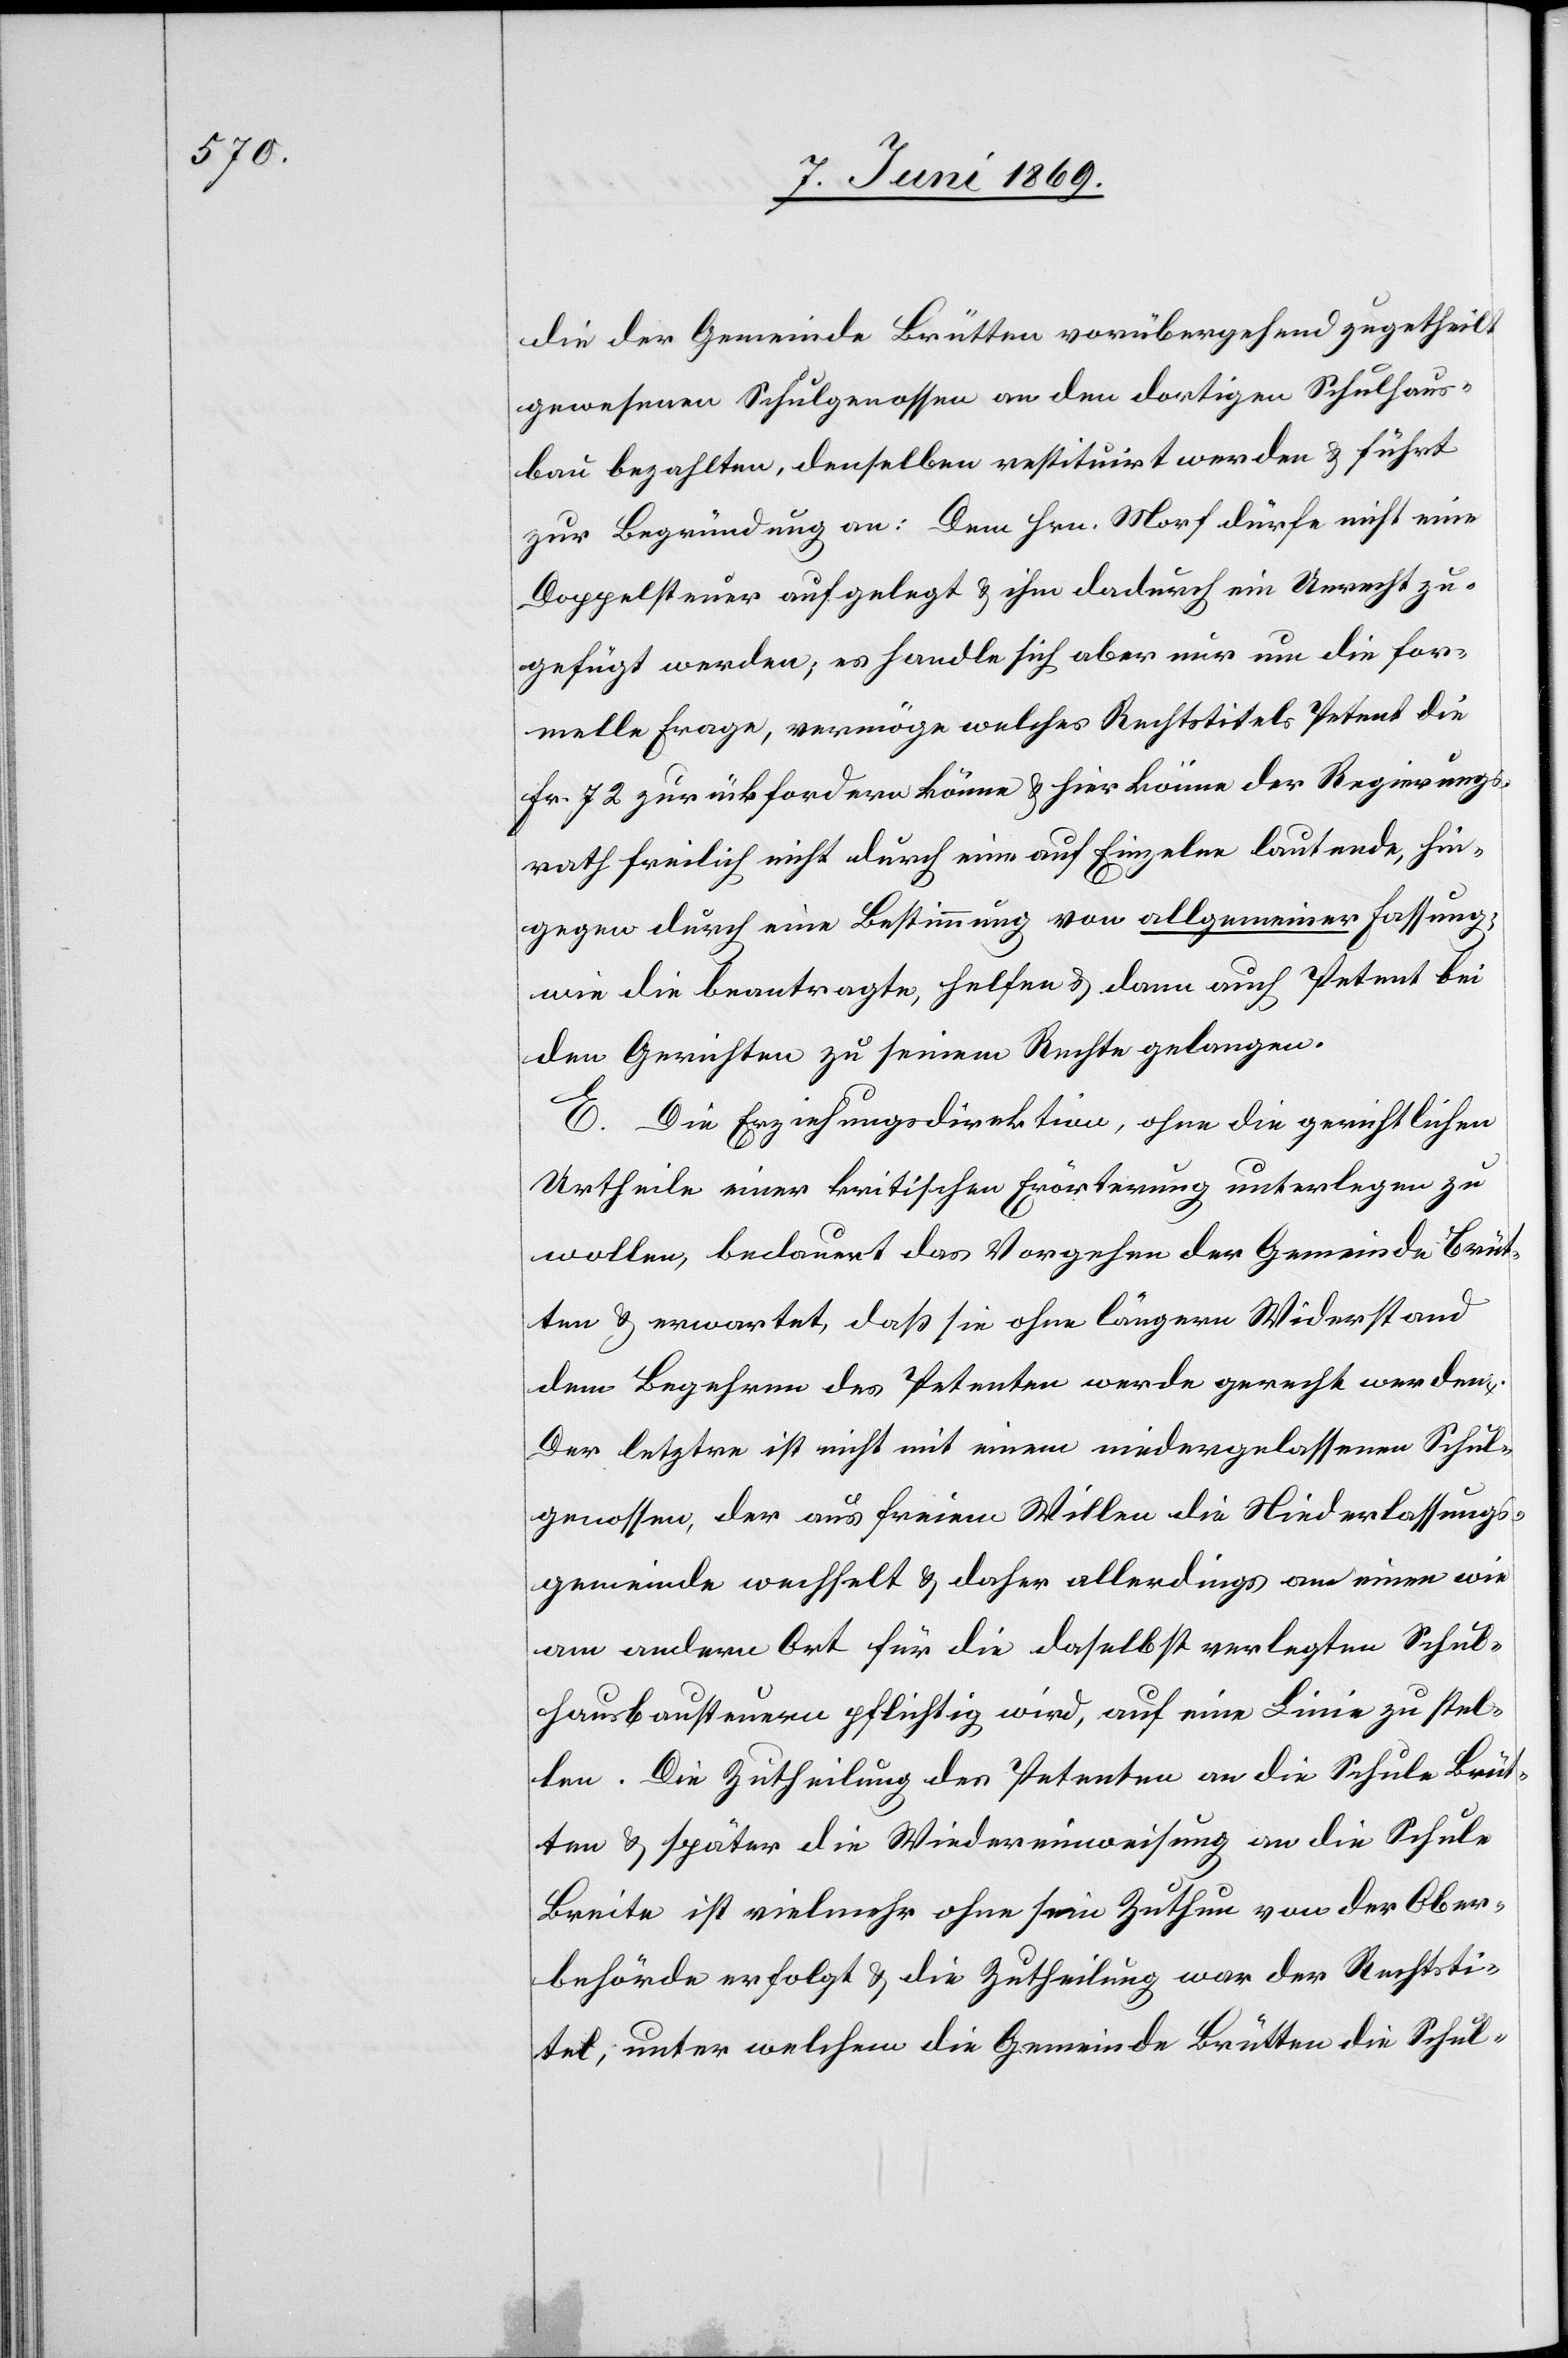
die der Gemeinde Brütten vorübergehend zugetheilt
gewesenen Schulgenossen an dem dortigen Schulhaus¬
bau bezahlten, denselben restituirt werden u. führt
zur Begründung an: Dem Hrn. Morf dürfe nicht eine
Doppelsteuer aufgelegt u. ihm dadurch ein Unrecht zu¬
geführt werden, es handle sich aber nur um die for¬
melle Frage, vermöge welches Rechtstitels Petent die
Fr. 72 zurückfordern könne u. hier könne der Regierungs¬
rath freilich nicht durch eine auf Einzelne lautende, hin¬
gegen durch eine Bestimmung von allgemeiner Fassung,
wie die beauftragte, helfen u. dann auch Petent bei
den Gerichten zu seinem Rechte gelangen.
E. Die Erziehungsdirektion, ohne die gerichtlichen
Urtheile einer kritischen Erörterung unterlegen zu
wollen, bedauert das Vorgehen der Gemeinde Brüt¬
ten u. erwartet, daß sie ohne längern Widerstand
dem Begehren des Petenten werde gerecht werden.
Der letztere ist nicht mit einem niedergelassenen Schul¬
genossen, der aus freiem Willen die Niederlassungs¬
gemeinde wechselt u. daher allerdings am einen wie
am andern Ort für die daselbst verlegten Schulh¬
aushausbausteuern pflichtig wird, auf eine Linie zu stel¬
len. Die Zutheilung des Petenten an die Schule Brüt¬
ten u. später die Wiedereinweisung an die Schule
Breite ist vielmehr ohne sein Zuthun von der Ober¬
behörde erfolgt u. die Zutheilung war der Rechtsti¬
tel, unter welchem die Gemeinde Brütten die Schul-